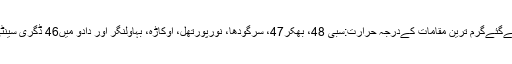
گزشتہ روز ریکارڈ کیےگئےگرم ترین مقامات کےدرجہ حرارت:سبی 48، بھکر47، سرگودھا، نورپورتھل، اوکاڑہ، بہاولنگر اور دادو میں46 ڈگری سینٹی گریڈ ریکارڈ کیا گیا۔